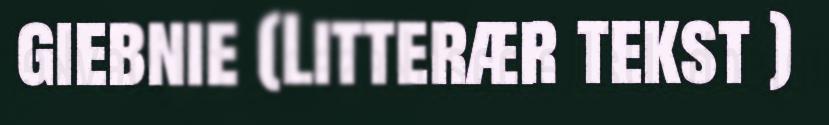
giebnie (Litterær tekst )